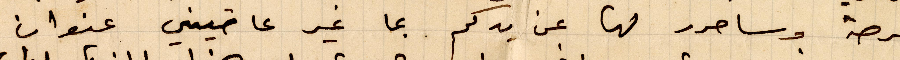
فرصة وسأحرر لها عن يدكم بما غير عاتيتني عنوان